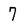
Character: 7